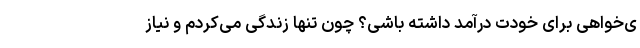
ی‌خواهی برای خودت درآمد داشته باشی؟ چون تنها زندگی می‌کردم و نیاز